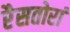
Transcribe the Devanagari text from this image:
रैसतोरां